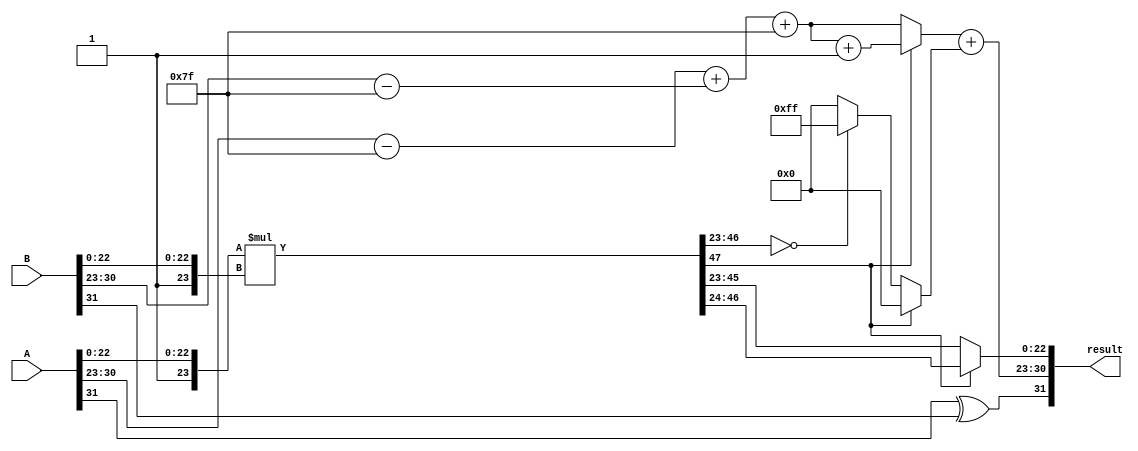
module fp_multiplier (
    input wire [31:0] A,          // Floating point input A
    input wire [31:0] B,          // Floating point input B
    output reg [31:0] result      // Result of A * B
);

    // Extract sign, exponent, and mantissa from inputs
    wire sign_A = A[31];
    wire sign_B = B[31];
    wire [7:0] exponent_A = A[30:23];
    wire [7:0] exponent_B = B[30:23];
    wire [22:0] mantissa_A = A[22:0];
    wire [22:0] mantissa_B = B[22:0];
    
    wire sign_result;
    wire [7:0] exponent_result;
    wire [47:0] mantissa_result; // 47 bits for multiplication

    // Calculate the sign of the result
    assign sign_result = sign_A ^ sign_B; // XOR for sign calculation

    // Calculate exponent
    wire [7:0] exponent_A_adjusted = exponent_A - 8'h7F; // Subtract bias
    wire [7:0] exponent_B_adjusted = exponent_B - 8'h7F; // Subtract bias
    assign exponent_result = exponent_A_adjusted + exponent_B_adjusted + 8'h7F; // Add bias back

    // Normalize mantissas
    wire [23:0] mantissa_A_normalized = {1'b1, mantissa_A}; // Adding implicit leading 1
    wire [23:0] mantissa_B_normalized = {1'b1, mantissa_B}; // Adding implicit leading 1

    // Multiply mantissas
    assign mantissa_result = mantissa_A_normalized * mantissa_B_normalized;

    // Normalization logic
    reg [7:0] exp_adjust;
    reg [22:0] mantissa_final;
    reg [7:0] exponent_final;

    always @(*) begin
        // Initialize
        exp_adjust = 0;
        mantissa_final = 0;
        exponent_final = exponent_result;

        // Check for normalization
        if (mantissa_result[47]) begin
            // If mantissa_result is greater than 23 bits, right shift
            mantissa_final = mantissa_result[46:24]; // Take upper 23 bits
            exponent_final = exponent_final + 1; // Increment exponent
        end else if (mantissa_result[46:23] == 0) begin
            // If mantissa_result is less than 1, left shift
            mantissa_final = mantissa_result[45:23]; // Take next lower 23 bits
            exp_adjust = -1; // Decrement exponent
        end else begin
            // Normal case
            mantissa_final = mantissa_result[45:23]; // Take upper 23 bits
        end

        // Final result assembly
        result = {sign_result, exponent_final + exp_adjust, mantissa_final};
    end

endmodule